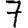
Digit: 7